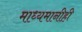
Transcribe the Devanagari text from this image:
माध्यमानीही